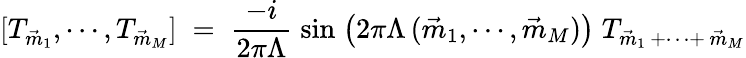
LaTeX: [T_{\vec{m}_{1}},\cdots,T_{\vec{m}_{M}}]\; =\; \frac{-i}{2\pi\Lambda}\; \sin\; \bigl(2\pi\Lambda\, (\vec{m}_{1},\cdots,\vec{m}_{M})\big)\; T_{\vec{m}_{1}\, +\cdots+\, \vec{m}_{M}}